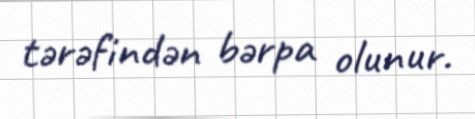
tərəfindən bərpa olunur.